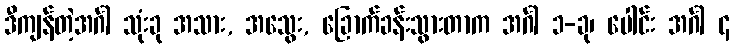
ဒီကျန်တဲ့အင်္ဂါ သုံးခု အသား, အသွေး, ခြောက်ခန်းသွားတာက အင်္ဂါ ၁-ခု၊ ပေါင်း အင်္ဂါ ၄